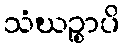
သံဃဉ္စာပိ